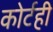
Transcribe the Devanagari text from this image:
कोर्टही